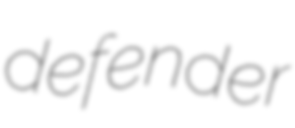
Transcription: defender